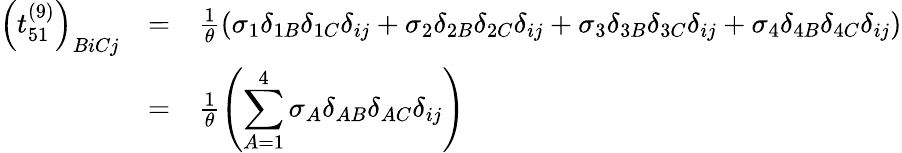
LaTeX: \begin{array}{ccl}{{\left(t_{51}^{(9)}\right)_{BiCj}}}&{{=}}&{{\frac{1}{\theta}\left(\sigma_{1}\delta_{1B}\delta_{1C}\delta_{ij}+\sigma_{2}\delta_{2B}\delta_{2C}\delta_{ij}+\sigma_{3}\delta_{3B}\delta_{3C}\delta_{ij}+\sigma_{4}\delta_{4B}\delta_{4C}\delta_{ij}\right)}}\\ {{}}&{{=}}&{{\frac{1}{\theta}\left(\displaystyle\sum_{A=1}^{4}\sigma_{A}\delta_{AB}\delta_{AC}\delta_{ij}\right)}}\end{array}